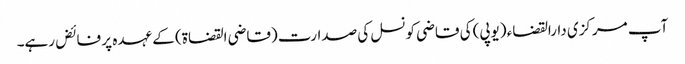
آپ مرکزی دارالقضاء (یوپی) کی قاضی کونسل کی صدارت (قاضی القضاۃ) کے عہدہ پر فائض رہے۔